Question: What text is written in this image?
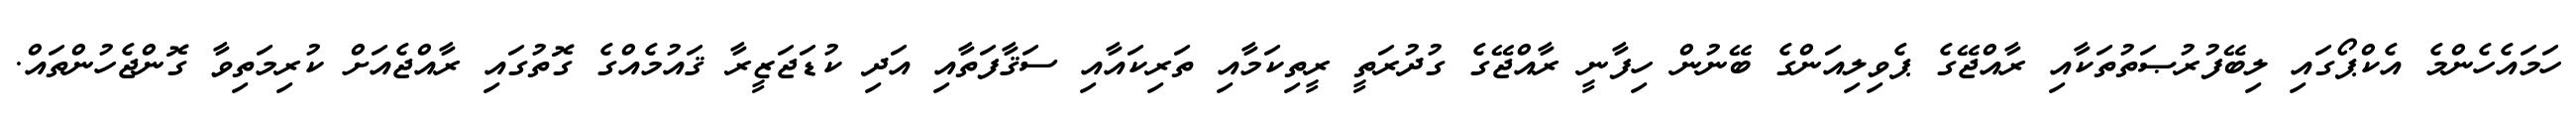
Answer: ހަމައެހެންމެ އެކްޕޯގައި ލިބޭފުރުޞަތުތަކާއި ރާއްޖޭގެ ޕެވިލިއަންގެ ބޭނުން ހިފާނީ ރާއްޖޭގެ ގުދުރަތީ ރީތިކަމާއި ތަރިކައާއި ސަޤާފަތާއި އަދި ކުޑަޖަޒީރާ ޤައުމެއްގެ ގޮތުގައި ރާއްޖެއަށް ކުރިމަތިވާ ގޮންޖެހުންތައް.